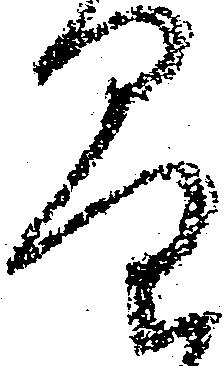
量